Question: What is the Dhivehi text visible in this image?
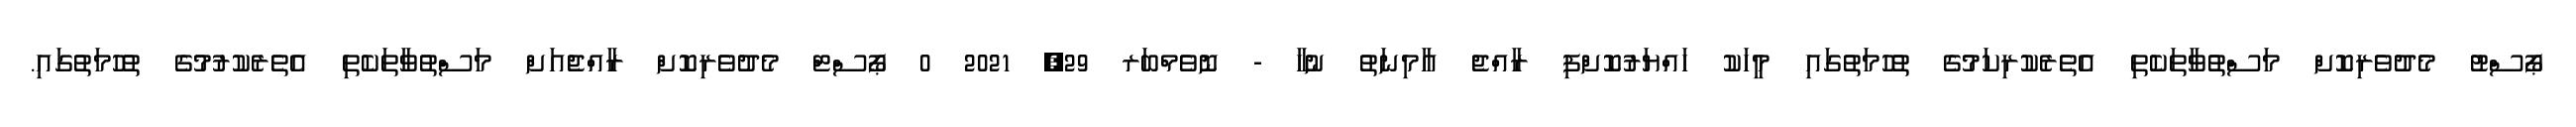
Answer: ޕޯސްޓު މެދުވެރިކޮށް މަސްތުވާތަކެތި އެތެރެކުރިކަމުގެ ތުހުމަތުގައި މީހަކު ހައްޔަރުކޮށްފި ރާއްޖެ އާމިނަތު ނުހާ - ނޮވެމްބަރ 29, 2021 0 ޕޯސްޓް މެދުވެރިކޮށް ރާއްޖެއަށް މަސްތުވާތަކެތި އެތެރެކުރުމުގެ ތުހުމަތުގައި.